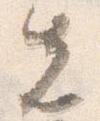
先